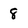
Character: 8